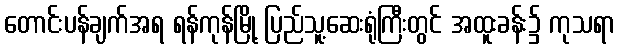
တောင်းပန်ချက်အရ ရန်ကုန်မြို့ ပြည်သူ့ဆေးရုံကြီးတွင် အထူးခန်း၌ ကုသရာ